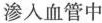
重新渗人血管中